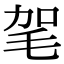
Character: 毠